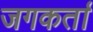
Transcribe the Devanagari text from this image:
जगकर्ता